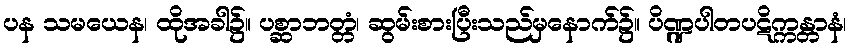
ပန သမယေန၊ ထိုအခါ၌။ ပစ္ဆာဘတ္တံ၊ ဆွမ်းစားပြီးသည်မှနောက်၌။ ပိဏ္ဍပါတပဋိက္ကန္တာနံ၊